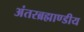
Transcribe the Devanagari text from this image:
अंतरब्रह्माण्डीय